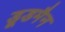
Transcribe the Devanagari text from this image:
डूडमैन